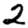
Digit: 2